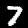
Label: 7